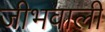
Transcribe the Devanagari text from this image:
जीभवाली